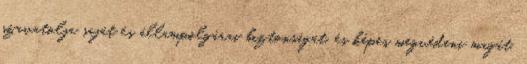
szavatolja saját és állampolgárai biztonságát, és képes megvédeni magát.